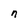
Character: n